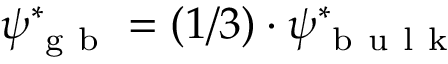
\psi _ { \mathrm { ~ g ~ b ~ } } ^ { * } = ( 1 / 3 ) \cdot \psi _ { \mathrm { ~ b ~ u ~ l ~ k ~ } } ^ { * }